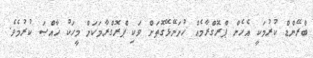
ބްރޭންޑް ކުރުމަކީ އެހެން ޕްރޮގްރާމެއް ހުށަނޭޅޭގޮތަށް ވަކި ޕްރޮގްރާމަކަށް މީހަކު ޚާއްޞަ ކުރުމެވެ.